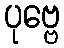
ပုဗ္ဗေ